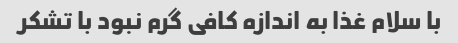
با سلام غذا به اندازه کافی گرم نبود با تشکر